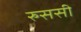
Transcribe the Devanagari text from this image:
रुससी